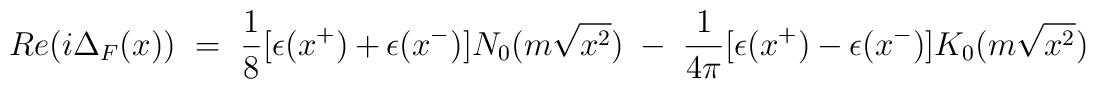
Re(i\Delta_F(x))~=~{1\over 8}[\epsilon(x^+)+\epsilon(x^-)]N_0(m\sqrt{x^2})~-~ {1\over 4\pi}[\epsilon(x^+)-\epsilon(x^-)]K_0(m\sqrt{x^2})